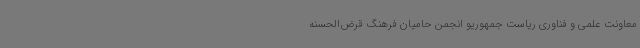
معاونت علمی و فناوری ریاست جمهوریو انجمن حامیان فرهنگ قرض‌الحسنه